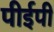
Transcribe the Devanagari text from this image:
पीईपी